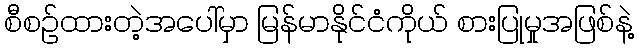
စီစဉ်ထားတဲ့အပေါ်မှာ မြန်မာနိုင်ငံကိုယ် စားပြုမှုအဖြစ်နဲ့